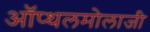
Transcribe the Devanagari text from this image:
ऑप्थलमोलाजी